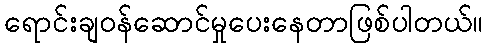
ရောင်းချဝန်ဆောင်မှုပေးနေတာဖြစ်ပါတယ်။